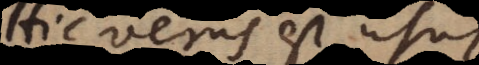
Hic verus est usus